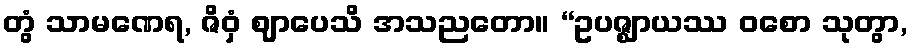
တွံ သာမဏေရ, ဇိဝှံ ဈာပေသိ အသညတော။ “ဥပဇ္ဈာယဿ ဝစော သုတွာ,